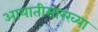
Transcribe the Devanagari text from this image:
आयातीसारख्या